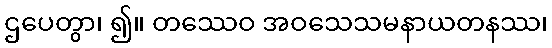
ဌပေတွာ၊ ၍။ တဿေဝ အဝသေသမနာယတနဿ၊